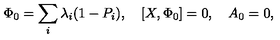
\Phi _ { 0 } = \sum _ { i } \lambda _ { i } ( 1 - P _ { i } ) , \quad [ X , \Phi _ { 0 } ] = 0 , \quad A _ { 0 } = 0 ,